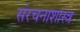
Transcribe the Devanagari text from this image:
संरचनाशास्त्र